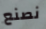
نصنع